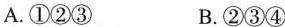
A.①②③ B.②③④